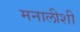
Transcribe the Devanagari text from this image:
मनालीशी